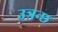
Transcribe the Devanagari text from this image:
उत्रन्छ